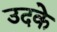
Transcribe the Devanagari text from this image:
उदके